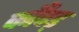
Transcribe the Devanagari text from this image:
काँदड़